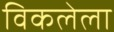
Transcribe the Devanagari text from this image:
विकलेला